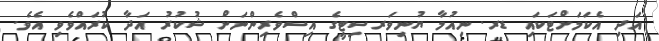
އަދި އެކަމަށްޓަކައި ޑރ. ނިއުމާ ޔުނިވަރސިޓީގެ އިސްވެރިންނަށް ޝުކުރު އަދާ ކުރައްވެވި އެވެ.